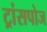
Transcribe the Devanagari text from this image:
ट्रांसपोज